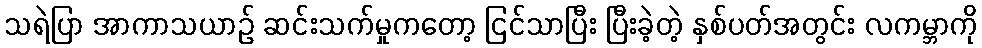
သရဲပြာ အာကာသယာဉ် ဆင်းသက်မှုကတော့ ငြင်သာပြီး ပြီးခဲ့တဲ့ နှစ်ပတ်အတွင်း လကမ္ဘာကို